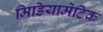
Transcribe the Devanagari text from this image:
मिडियामेटिक